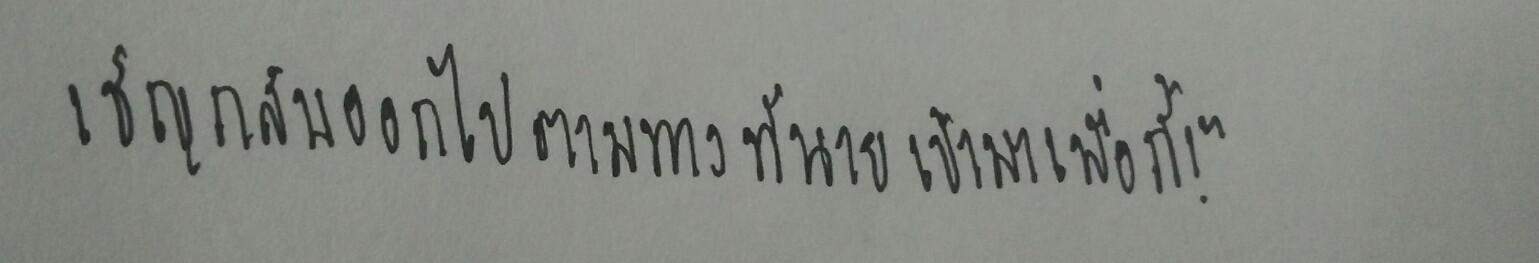
เชิญกลับออกไปตามทางที่นายเข้ามาเมื่อกี้!"